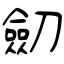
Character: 劎